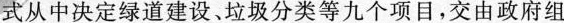
式从中决定绿道建设、垃圾分类等九个项目，交由政府组